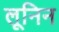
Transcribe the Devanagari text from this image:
लूनिन